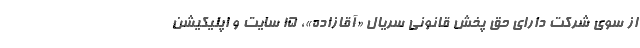
از سوی شرکت دارای حق پخش قانونی سریال «آقازاده»، ۱۵ سایت و اپلیکیشن